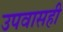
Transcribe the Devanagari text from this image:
उपवासही